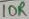
Text: 10R